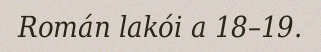
Román lakói a 18–19.